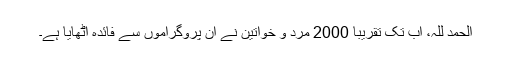
الحمد للہ، اب تک تقریباً 2000 مرد و خواتین نے ان پروگراموں سے فائدہ اٹھایا ہے۔